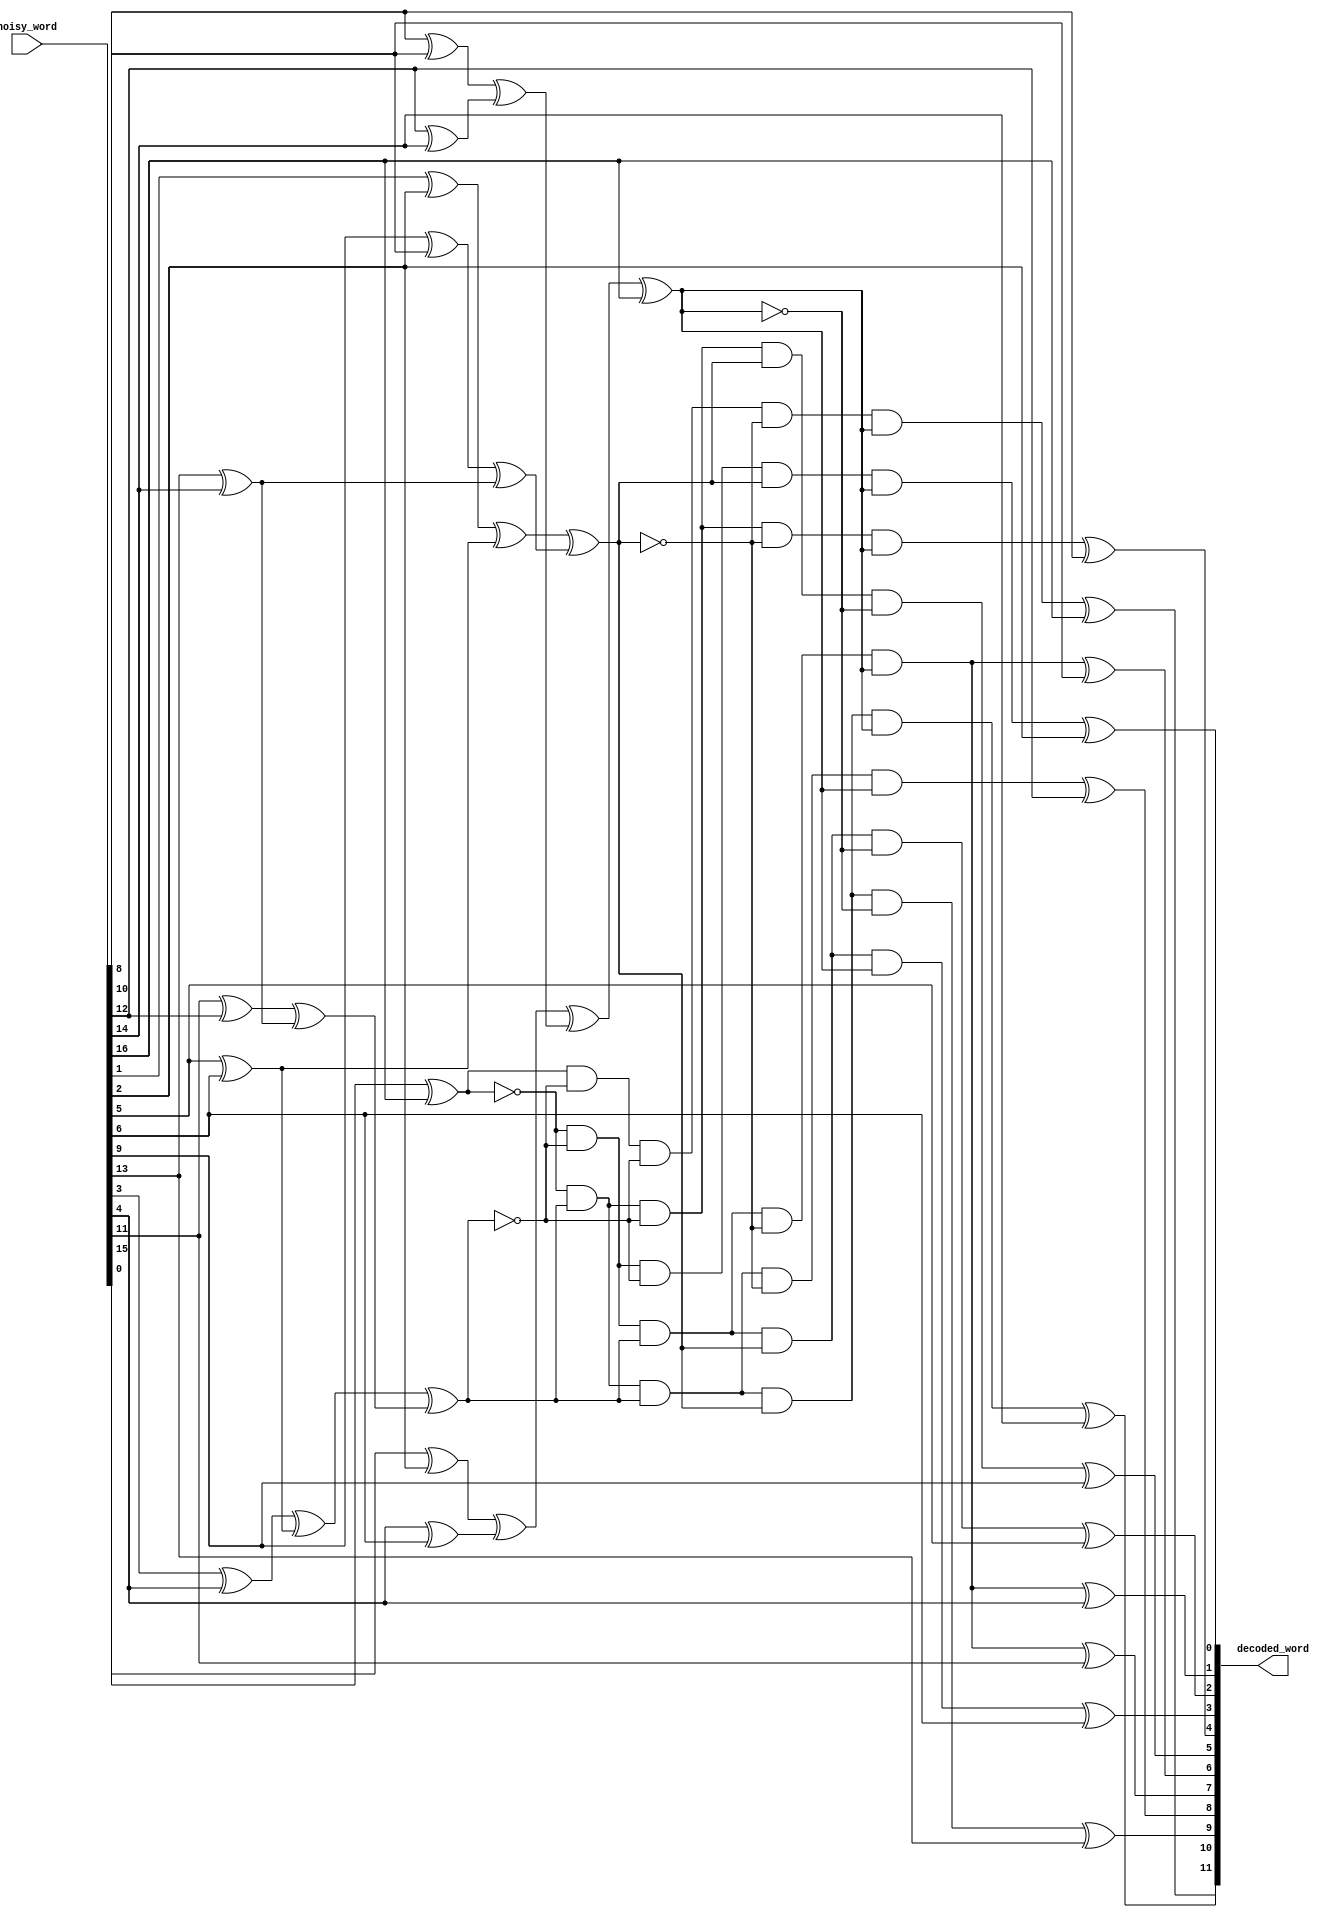
module Hamming_Decoder(  output wire[12:1] decoded_word,
                        input wire[17:1] noisy_word);

wire p1, p2, p3, p4, p5;

wire[1:5] err_num;

xor(w1_1, noisy_word[1], noisy_word[3]);
xor(w1_2, noisy_word[5], noisy_word[7]);
xor(w1_3, noisy_word[9], noisy_word[11]);
xor(w1_4, noisy_word[13], noisy_word[15]);
xor(w1_5, w1_1, w1_2);
xor(w1_6, w1_3, w1_4);
xor(w1_7, w1_5, w1_6);
xor(err_num[1], w1_7, noisy_word[17]);

xor(w2_1, noisy_word[2], noisy_word[3]);
xor(w2_2, noisy_word[6], noisy_word[7]);
xor(w2_3, noisy_word[10], noisy_word[11]);
xor(w2_4, noisy_word[14], noisy_word[15]);
xor(w2_5, w2_1, w2_2);
xor(w2_6, w2_3, w2_4);
xor(err_num[2], w2_5, w2_6);

xor(w3_1, noisy_word[4], noisy_word[5]);
xor(w3_2, noisy_word[6], noisy_word[7]);
xor(w3_3, noisy_word[12], noisy_word[13]);
xor(w3_4, noisy_word[14], noisy_word[15]);
xor(w3_5, w3_1, w3_2);
xor(w3_6, w3_3, w3_4);
xor(err_num[3], w3_5, w3_6);

xor(w4_1, noisy_word[8], noisy_word[9]);
xor(w4_2, noisy_word[10], noisy_word[11]);
xor(w4_3, noisy_word[12], noisy_word[13]);
xor(w4_4, noisy_word[14], noisy_word[15]);
xor(w4_5, w4_1, w4_2);
xor(w4_6, w4_3, w4_4);
xor(err_num[4], w3_5, w3_6);

xor(err_num[5], noisy_word[16], noisy_word[17]);

//3 - 00011
and(temp1, ~err_num[5], ~err_num[4], ~err_num[3], err_num[2], err_num[1]);
xor(decoded_word[1], temp1, noisy_word[3]);

//5 - 00101
and(temp2, ~err_num[5], ~err_num[4], err_num[3], ~err_num[2], err_num[1]);
xor(decoded_word[2], temp2, noisy_word[5]);

//6 - 00110
and(temp3, ~err_num[5], ~err_num[4], err_num[3], err_num[2], ~err_num[1]);
xor(decoded_word[3], temp3, noisy_word[6]);

//7 - 00111
and(temp4, ~err_num[5], ~err_num[4], err_num[3], err_num[2], err_num[1]);
xor(decoded_word[4], temp4, noisy_word[7]);

//9 - 01001
and(temp5, ~err_num[5], err_num[4], ~err_num[3], ~err_num[2], err_num[1]);
xor(decoded_word[5], temp5, noisy_word[9]);

//10 - 01010
and(temp6, ~err_num[5], err_num[4], ~err_num[3], err_num[2], ~err_num[1]);
xor(decoded_word[6], temp6, noisy_word[10]);

//11 - 01011
and(temp7, ~err_num[5], ~err_num[4], err_num[3], ~err_num[2], err_num[1]);
xor(decoded_word[7], temp7, noisy_word[11]);

//12 - 01100
and(temp8, ~err_num[5], ~err_num[4], err_num[3], ~err_num[2], err_num[1]);
xor(decoded_word[8], temp8, noisy_word[12]);

//13 - 01101
and(temp9, ~err_num[5], err_num[4], err_num[3], ~err_num[2], err_num[1]);
xor(decoded_word[9], temp9, noisy_word[13]);

//14 - 01110
and(temp10, ~err_num[5], err_num[4], err_num[3], err_num[2], ~err_num[1]);
xor(decoded_word[10], temp10, noisy_word[14]);

//15 - 01111
and(temp11, ~err_num[5], err_num[4], err_num[3], err_num[2], err_num[1]);
xor(decoded_word[11], temp11, noisy_word[15]);

//17 - 10001
and(temp12, err_num[5], ~err_num[4], ~err_num[3], ~err_num[2], err_num[1]);
xor(decoded_word[12], temp12, noisy_word[17]);

endmodule